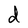
Character: d